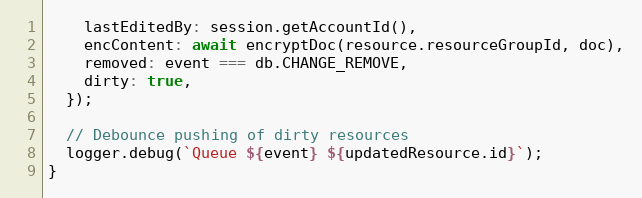
Language: JavaScript
    lastEditedBy: session.getAccountId(),
    encContent: await encryptDoc(resource.resourceGroupId, doc),
    removed: event === db.CHANGE_REMOVE,
    dirty: true,
  });

  // Debounce pushing of dirty resources
  logger.debug(`Queue ${event} ${updatedResource.id}`);
}